Lunatic asylums Punjab 1895-1910 - 1895-1910
Year: 1895
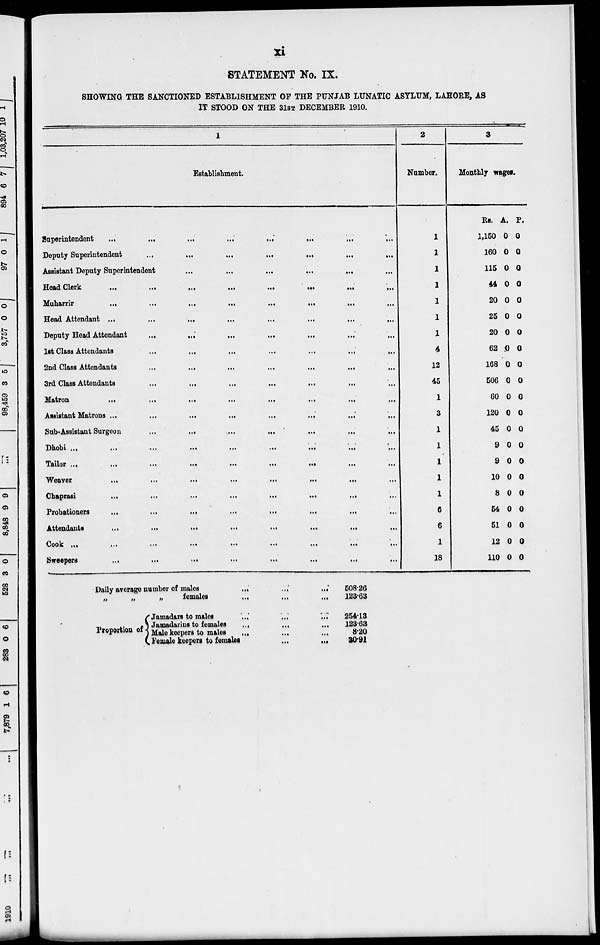
xi
STATEMENT No. IX.
SHOWING THE SANCTIONED ESTABLISHMENT OF THE PUNJAB LUNATIC ASYLUM, LAHORE, AS
IT STOOD ON THE 31ST DECEMBER 1910.
1
Establishment.
Superintendent
...
...
...
...
...
...
...
Deputy Superintendent ... ... ... ... ... ... ...
Assistant Deputy Superintendent ... ... ... ... ...
Head
Clerk
...
...
...
...
...
...
...
Muharrir
...
...
...
...
...
...
...
Head Attendant
...
...
...
...
...
...
...
Deputy Head Attendant ... ... ... ... ... ... ...
1st Class Attendants
...
...
...
...
...
...
...
2nd Class Attendants ... ... ... ... ... ... ...
3rd Class Attendants
...
...
...
...
...
...
...
Matron
...
...
...
...
...
...
...
Assistant Matrons
...
...
...
...
...
...
...
Sub-Assistant Surgeon ... ... ... ... ... ... ...
Dhobi
...
...
...
...
...
...
...
Tailor
...
...
...
...
...
...
...
weaver
...
...
...
...
...
...
...
Chaprasi
...
...
...
...
...
...
...
Probationers
...
...
...
...
...
...
...
Attendants
...
...
...
...
...
...
...
Cook
...
...
...
...
...
...
...
Sweepers
...
...
...
...
...
...
...
2
Number.
1
1
1
1
1
1
1
4
12
45
1
3
1
1
1
1
1
6
6
1
18
3
Monthly wages.
Rs.
1,150
160
115
44
20
25
20
62
168
506
60
120
45
9
9
10
8
54
51
12
110
A.
0
0
0
0
0
0
0
0
0
0
0
0
0
0
0
0
0
0
0
0
0
P.
0
0
0
0
0
0
0
0
0
0
0
0
0
0
0
0
0
0
0
0
0
Daily average number of males ... ... ...
„
„
„
females ... ... ...
Proportion of
Jamadars to males ... ... ...
Jamadarins to females ... ... ...
Male keepers to males ... ... ...
Female keepers to females
...
...
508.26
123.63
254.13
123.63
8.20
30.91